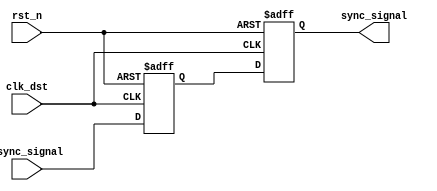
module pulsed_synchronizer (
    input wire async_signal,   // Input signal from the asynchronous domain
    input wire clk_dst,        // Clock signal for the destination domain
    input wire rst_n,          // Active low asynchronous reset
    output reg sync_signal      // Synchronized output signal
);

    // Internal signals for the two flip-flops
    reg ff1_out;

    // First flip-flop (FF1) - samples async_signal on clk_dst
    always @(posedge clk_dst or negedge rst_n) begin
        if (!rst_n) begin
            ff1_out <= 1'b0; // Initialize FF1 output to 0 on reset
        end else begin
            ff1_out <= async_signal; // Sample async_signal
        end
    end

    // Second flip-flop (FF2) - samples the output of FF1
    always @(posedge clk_dst or negedge rst_n) begin
        if (!rst_n) begin
            sync_signal <= 1'b0; // Initialize sync_signal to 0 on reset
        end else begin
            sync_signal <= ff1_out; // Sample output of FF1
        end
    end

endmodule